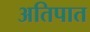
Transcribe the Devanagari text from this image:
अतिपात